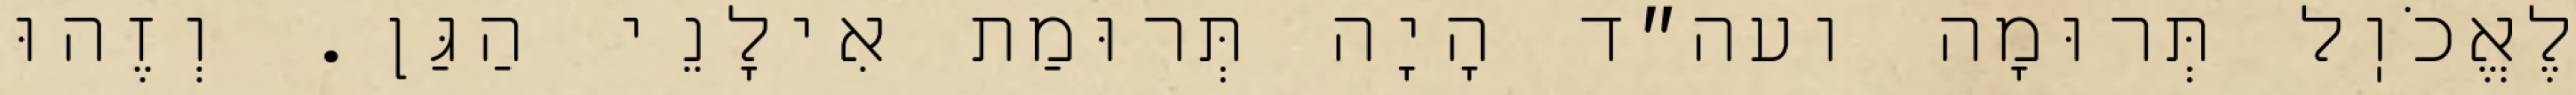
לֶאֱכֹוֽל תְּרוּמָה ועה״ד הָיָה תְּרוּמַת אִילָנֵי הַגַּן. וְזֶהוּ